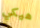
هيكي